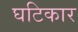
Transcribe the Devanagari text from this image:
घटिकार